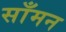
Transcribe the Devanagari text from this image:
साँमन